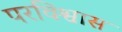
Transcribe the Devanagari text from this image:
परविश्वास